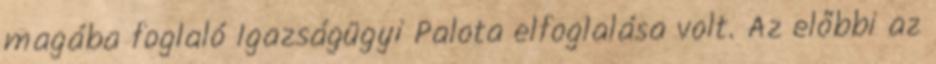
magába foglaló Igazságügyi Palota elfoglalása volt. Az előbbi az